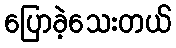
ပြောခဲ့သေးတယ်